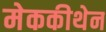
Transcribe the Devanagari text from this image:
मेककीथेन